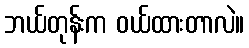
ဘယ်တုန်းက ဝယ်ထားတာလဲ။